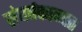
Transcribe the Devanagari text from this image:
संघर्षकाळात